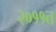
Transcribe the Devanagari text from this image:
२०११त